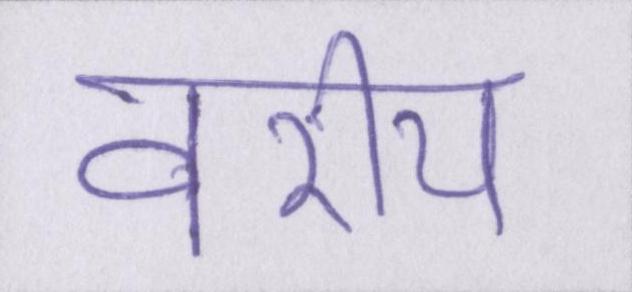
वरीय